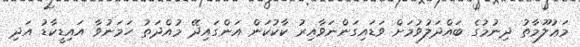
މަޢުލޫމާތު ދިނުމުގެ ބައްދަލުވުމަށް ވަޑައިގަންނަވާއިރު ކާކުކަން އަންގައިދޭ މުއްދަތު ހަމަނުވާ އައިޑީކާޑު އަދި